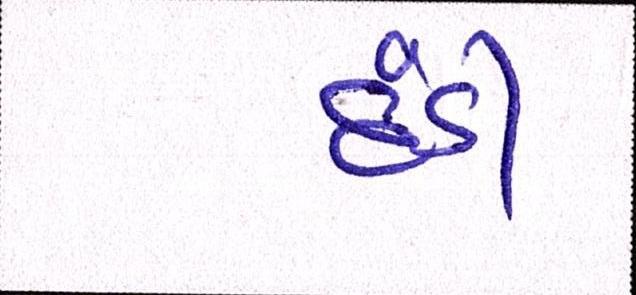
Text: દંડી